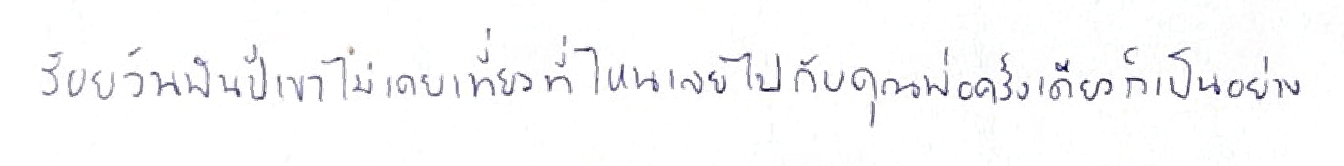
ร้อยวันพันปีเขาไม่เคยเที่ยวที่ไหนเลยไปกับคุณพ่อครั้งเดียวก็เป็นอย่าง